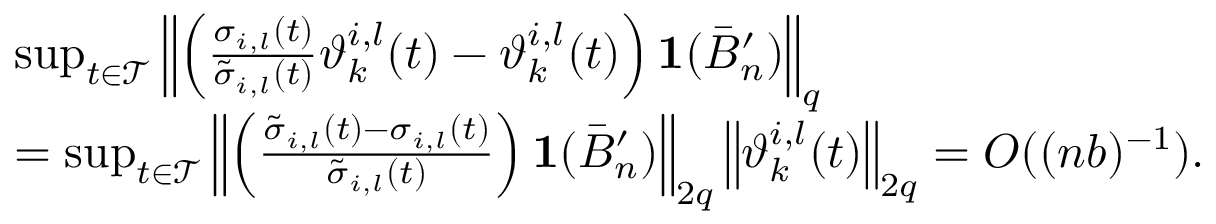
\begin{array} { r l } & { \operatorname* { s u p } _ { t \in \mathcal { T } } \left\| \left( \frac { \sigma _ { i , l } ( t ) } { \tilde { \sigma } _ { i , l } ( t ) } \vartheta _ { k } ^ { i , l } ( t ) - \vartheta _ { k } ^ { i , l } ( t ) \right) \mathbf 1 ( \bar { B } _ { n } ^ { \prime } ) \right\| _ { q } } \\ & { = \operatorname* { s u p } _ { t \in \mathcal { T } } \left\| \left( \frac { \tilde { \sigma } _ { i , l } ( t ) - \sigma _ { i , l } ( t ) } { \tilde { \sigma } _ { i , l } ( t ) } \right) \mathbf 1 ( \bar { B } _ { n } ^ { \prime } ) \right\| _ { 2 q } \left\| \vartheta _ { k } ^ { i , l } ( t ) \right\| _ { 2 q } = O ( ( n b ) ^ { - 1 } ) . } \end{array}